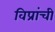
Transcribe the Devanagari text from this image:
विप्रांची